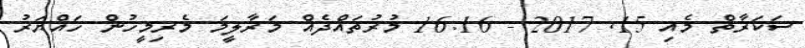
ސަކަރާތް މެއި 15